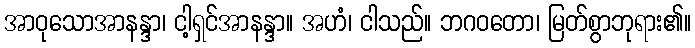
အာဝုသောအာနန္ဒာ၊ ငါ့ရှင်အာနန္ဒာ။ အဟံ၊ ငါသည်။ ဘဂဝတော၊ မြတ်စွာဘုရား၏။